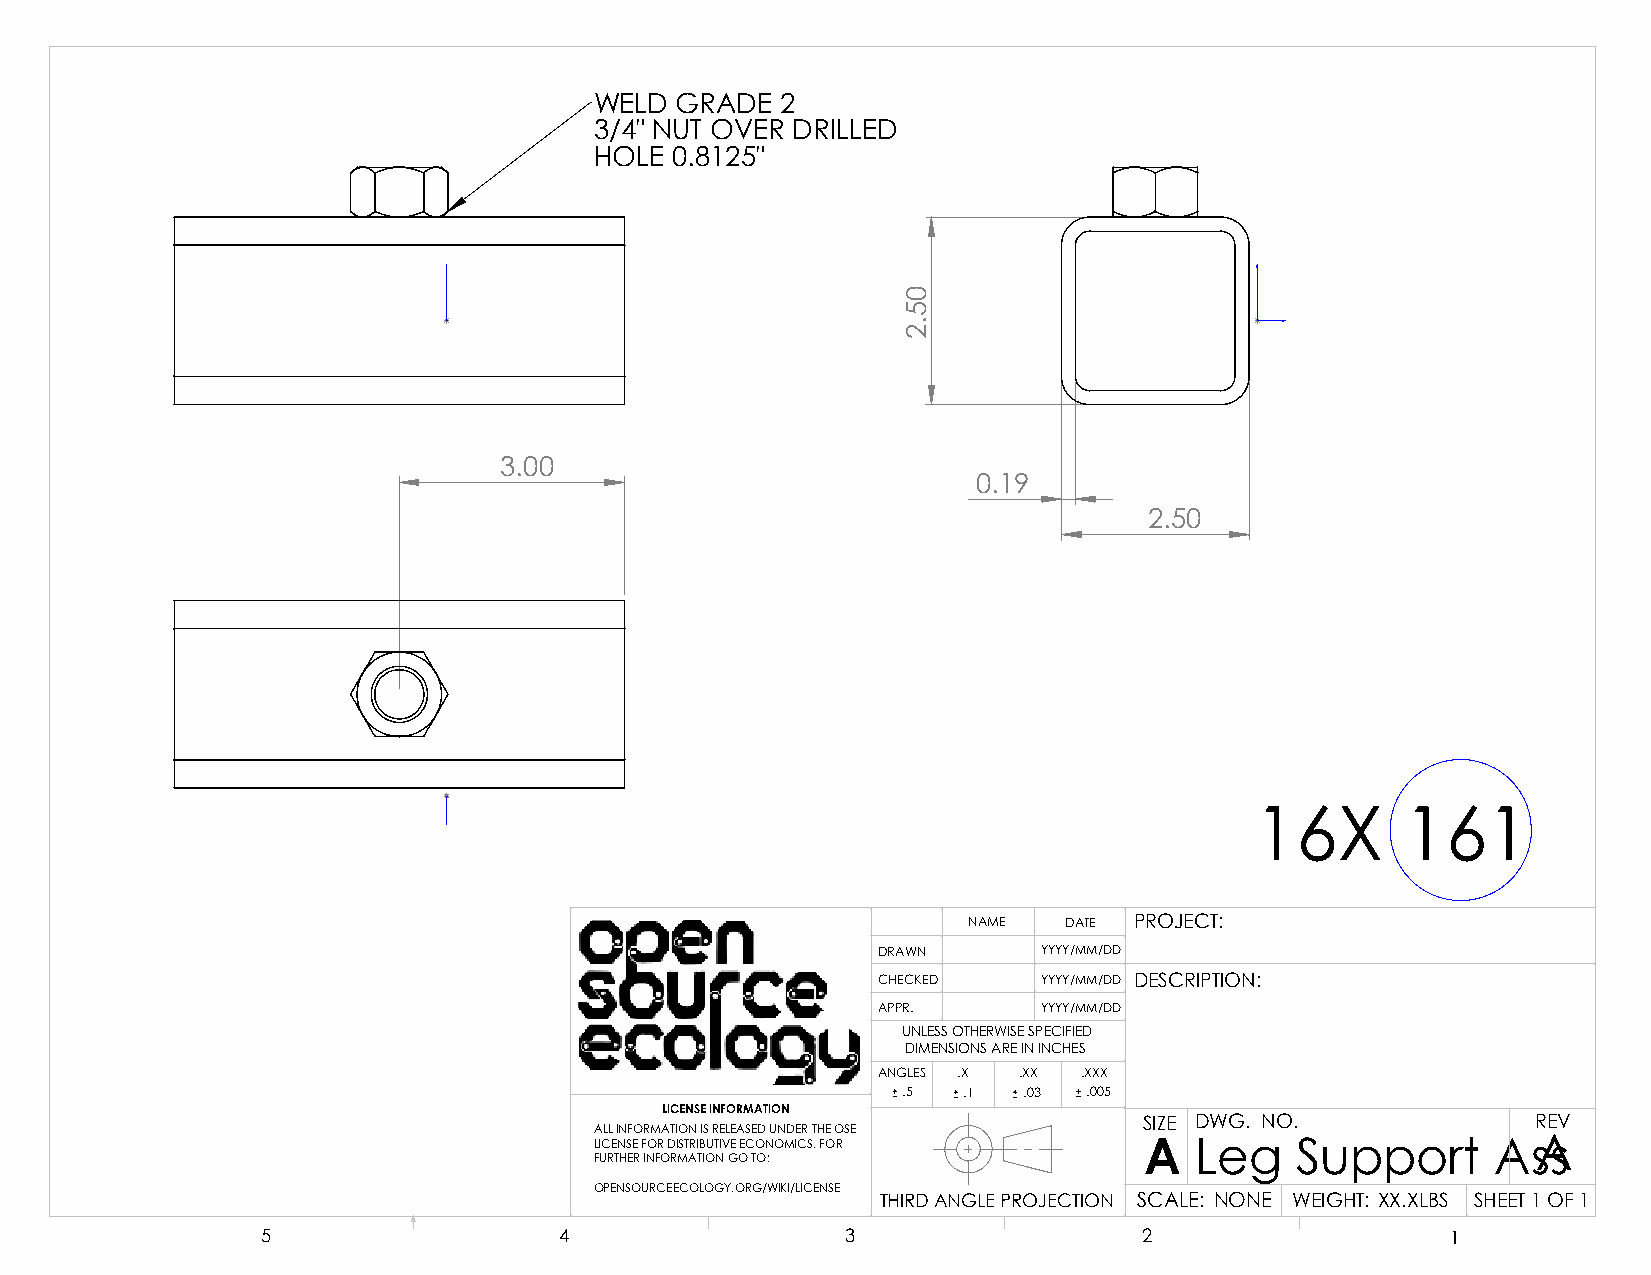
WELD  GRADE  2
 3/4" NUT OVER DRILLED
 HOLE 0.8125"
 3.00
 0.19
 2.50
 16X       161
 NAME  DATE PROJECT:
 DRAWN      YYYY/MM/DD
 CHECKED    YYYY/MM/DD DESCRIPTION:
 APPR.      YYYY/MM/DD
 UNLESS OTHERWISE SPECIFIED
 DIMENSIONS ARE IN INCHES
 ANGLES .X .XX .XXX
 .5  .1  .03 .005
 LICENSE INFORMATION
 SIZE DWG. NO.             REV
 ALL INFORMATION IS RELEASED UNDER THE OSE
 LICENSE FOR DISTRIBUTIVE ECONOMICS. FOR A Leg  Support      AsAs
 FURTHER INFORMATION GO TO:
 OPENSOURCEECOLOGY.ORG/WIKI/LICENSE
 THIRD ANGLE PROJECTION SCALE: NONE WEIGHT: XX.XLBS SHEET 1 OF 1
 5                   4                  3                   2                   1
 05.2